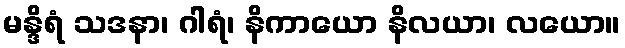
မန္ဒိရံ သဒနာ၊ ဂါရံ၊ နိကာယော နိလယာ၊ လယော။